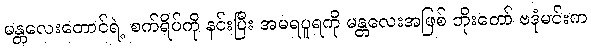
မန္တလေးတောင်ရဲ့ စက်ရိပ်ကို နင်းပြီး အမရပူရကို မန္တလေးအဖြစ် ဘိုးတော် ဗဒုံမင်းက